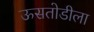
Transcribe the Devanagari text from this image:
ऊसतोडीला